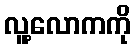
လူ့လောကကို